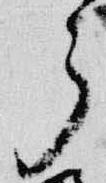
了